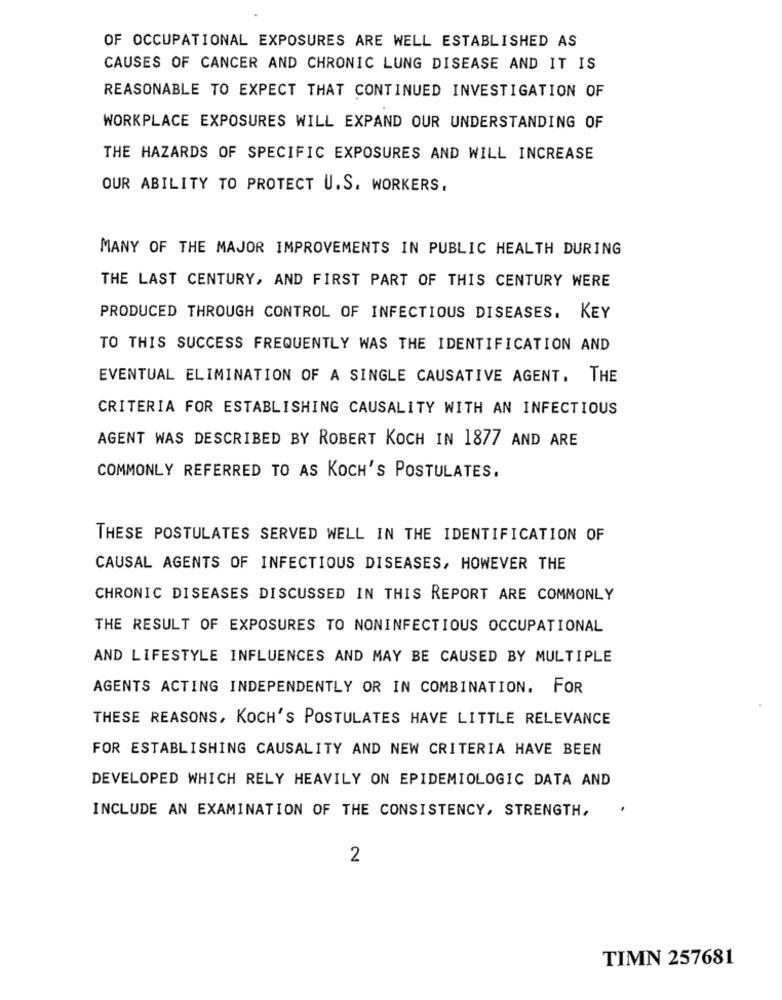
OF OCCUPATIONAL EXPOSURES ARE WELL ESTABLISHED AS
CAUSES OF CANCER AND CHRONIC LUNG DISEASE AND IT IS
REASONABLE TO EXPECT THAT CONTINUED INVESTIGATION OF
WORKPLACE EXPOSURES WILL EXPAND OUR UNDERSTANDING OF
THE HAZARDS OF SPECIFIC EXPOSURES AND WILL INCREASE
OUR ABILITY TO PROTECT U.S. WORKERS.
MANY OF THE MAJOR IMPROVEMENTS IN PUBLIC HEALTH DURING
THE LAST CENTURY, AND FIRST PART OF THIS CENTURY WERE
PRODUCED THROUGH CONTROL OF INFECTIOUS DISEASES. KEY
TO THIS SUCCESS FREQUENTLY WAS THE IDENTIFICATION AND
EVENTUAL ELIMINATION OF A SINGLE CAUSATIVE AGENT. THE
CRITERIA FOR ESTABLISHING CAUSALITY WITH AN INFECTIOUS
AGENT WAS DESCRIBED BY ROBERT KOCH IN 1877 AND ARE
COMMONLY REFERRED TO AS KOCH'S POSTULATES.
THESE POSTULATES SERVED WELL IN THE IDENTIFICATION OF
CAUSAL AGENTS OF INFECTIOUS DISEASES, HOWEVER THE
CHRONIC DISEASES DISCUSSED IN THIS REPORT ARE COMMONLY
THE RESULT OF EXPOSURES TO NONINFECTIOUS OCCUPATIONAL
AND LIFESTYLE INFLUENCES AND MAY BE CAUSED BY MULTIPLE
AGENTS ACTING INDEPENDENTLY OR IN COMBINATION. FOR
THESE REASONS, KOCH'S POSTULATES HAVE LITTLE RELEVANCE
FOR ESTABLISHING CAUSALITY AND NEW CRITERIA HAVE BEEN
DEVELOPED WHICH RELY HEAVILY ON EPIDEMIOLOGIC DATA AND
INCLUDE AN EXAMINATION OF THE CONSISTENCY, STRENGTH,
2
TIMN 257681